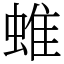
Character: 蜼